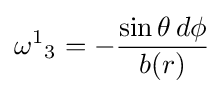
{\omega ^{1}}_{3}=-{\frac {\sin \theta \,d\phi }{b(r)}}